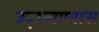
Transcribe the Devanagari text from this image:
उद्भवण्यास